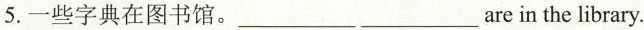
5.一些字典在图书馆.___ ___are in the library.